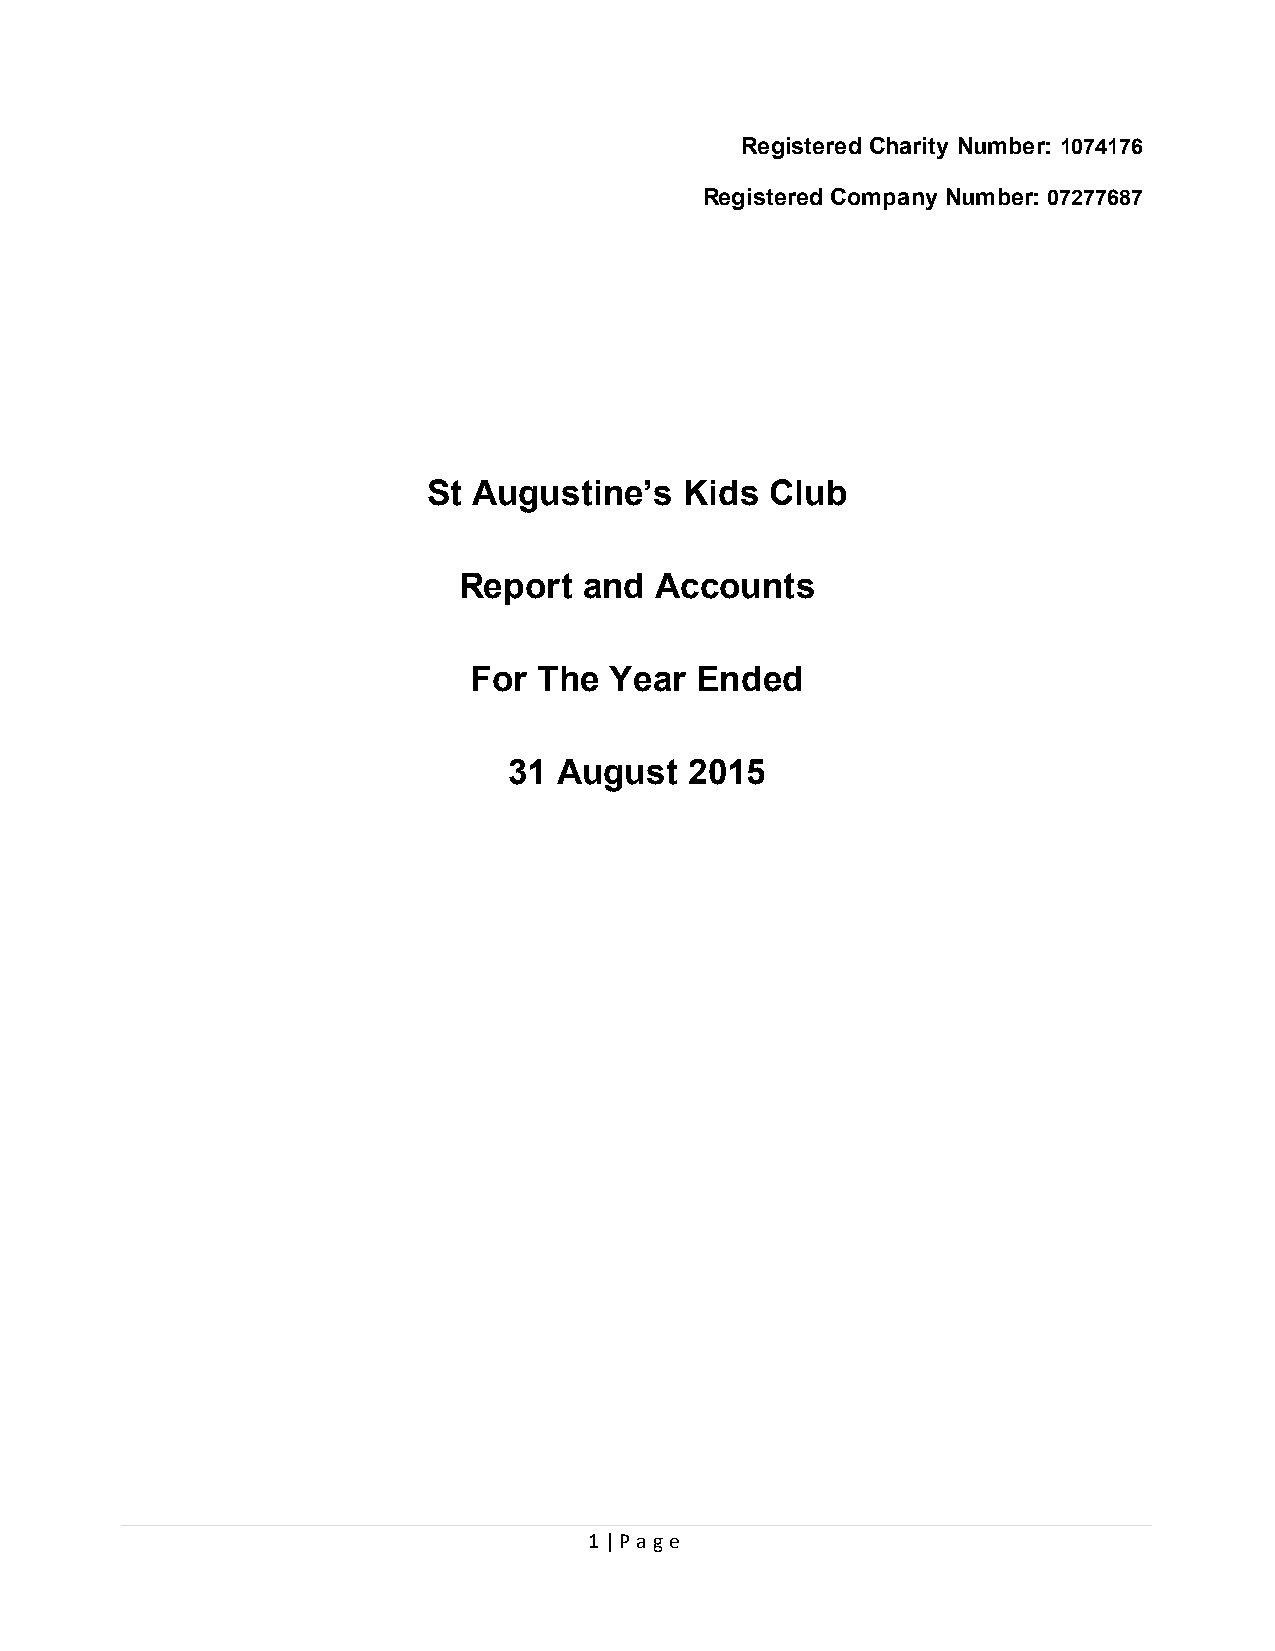
Registered Charity Number: 1074176
 Registered Company Number: 07277687
 St Augustine’s   Kids  Club
 Report   and Accounts
 For  The Year  Ended
 31 August   2015
 1 | Page